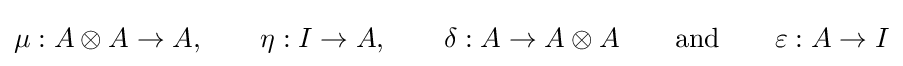
\mu :A\otimes A\to A,\qquad \eta :I\to A,\qquad \delta :A\to A\otimes A\qquad \mathrm {and} \qquad \varepsilon :A\to I